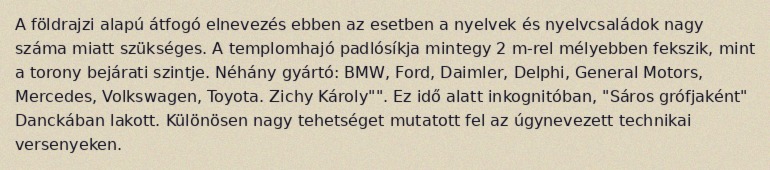
A földrajzi alapú átfogó elnevezés ebben az esetben a nyelvek és nyelvcsaládok nagy száma miatt szükséges. A templomhajó padlósíkja mintegy 2 m-rel mélyebben fekszik, mint a torony bejárati szintje. Néhány gyártó: BMW, Ford, Daimler, Delphi, General Motors, Mercedes, Volkswagen, Toyota. Zichy Károly"". Ez idő alatt inkognitóban, "Sáros grófjaként" Danckában lakott. Különösen nagy tehetséget mutatott fel az úgynevezett technikai versenyeken.